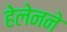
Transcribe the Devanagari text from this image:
हेलेनने